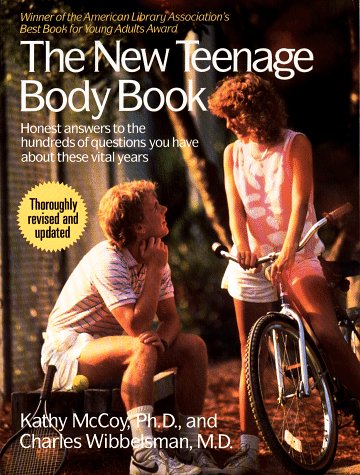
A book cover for New Teenage Body Book; Kathleen McCoy; Teen & Young Adult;